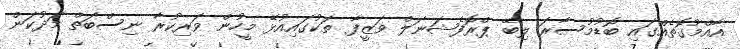
އާއްމުގޮތެއްގައި ބޮޑުމުސާރަ ލިބޭ ޕްރޮފެޝަނަލް ވަޒީފާ ތަކުގައިއުޅޭ މީހުން ވަރިކުރާ ނިސްބަތް މަދުކަން